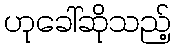
ဟုခေါ်ဆိုသည့်